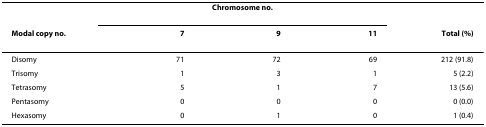
<table><thead><tr><td></td><td colspan="3"><b>Chromosome no.</b></td><td></td></tr><tr><td><b>Modal copy no.</b></td><td><b>7</b></td><td><b>9</b></td><td><b>11</b></td><td><b>Total (%)</b></td></tr></thead><tbody><tr><td>Disomy</td><td>71</td><td>72</td><td>69</td><td>212 (91.8)</td></tr><tr><td>Trisomy</td><td>1</td><td>3</td><td>1</td><td>5 (2.2)</td></tr><tr><td>Tetrasomy</td><td>5</td><td>1</td><td>7</td><td>13 (5.6)</td></tr><tr><td>Pentasomy</td><td>0</td><td>0</td><td>0</td><td>0 (0.0)</td></tr><tr><td>Hexasomy</td><td>0</td><td>1</td><td>0</td><td>1 (0.4)</td></tr></tbody></table>